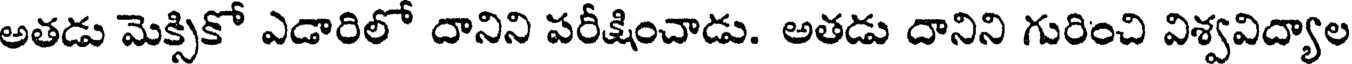
అతడు మెక్సికో ఎడారిలో దానిని పరీక్షించాడు. అతడు దానిని గురించి విశ్వవిద్యాల